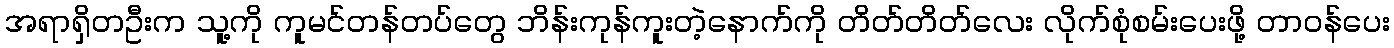
အရာရှိတဦးက သူ့ကို ကူမင်တန်တပ်တွေ ဘိန်းကုန်ကူးတဲ့နောက်ကို တိတ်တိတ်လေး လိုက်စုံစမ်းပေးဖို့ တာဝန်ပေး